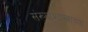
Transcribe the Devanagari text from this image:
संख्याशास्त्राच्या